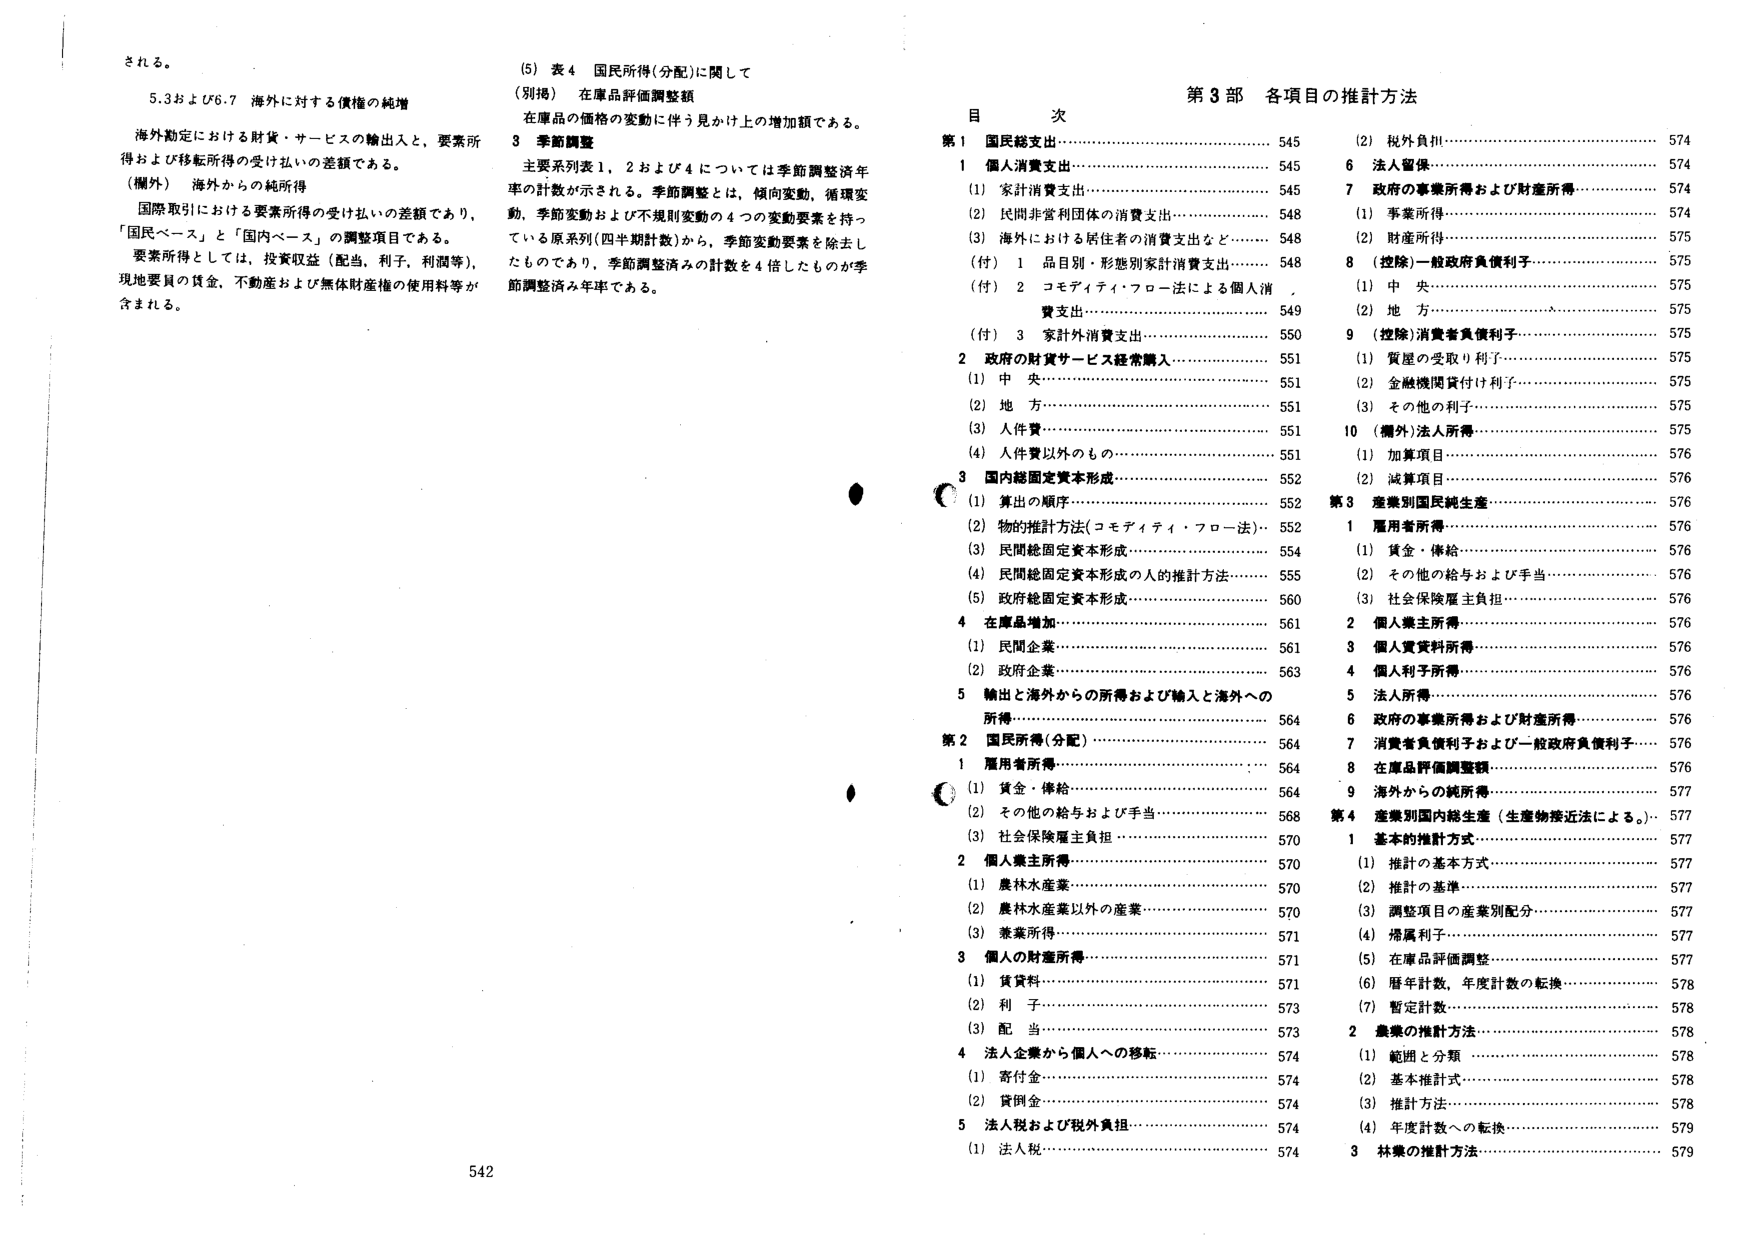
される。

5.3および6.7 海外に対する債権の純増

海外勘定における財貨・サービスの輸出入と、要素所得および移転所得の受け払いの差額である。

（欄外） 海外からの純所得

国際取引における要素所得の受け払いの差額であり、「国民ベース」と「国内ベース」の調整項目である。

要素所得としては、投資収益（配当、利子、利潤等）、現地要員の賃金、不動産および無体財産権の使用料等が含まれる。

(5) 表4 国民所得(分配)に関して

（別掲） 在庫品評価調整額

在庫品の価格の変動に伴う見かけ上の増加額である。

3 季節調整

主要系列表1, 2および4については季節調整済年率の計数が示される。季節調整とは、傾向変動、循環変動、季節変動および不規則変動の4つの変動要素を持っている原系列（四半期計数）から、季節変動要素を除去したものであり、季節調整済みの計数を4倍したものが季節調整済み年率である。

目 次

第3部 各項目の推計方法

第1 国民総支出……………………………………… 545
1 個人消費支出……………………………………… 545
(1) 家計消費支出…………………………………… 545
(2) 民間非営利団体の消費支出…………………… 548
(3) 海外における居住者の消費支出など………… 548
(付) 1 品目別・形態別家計消費支出……………… 548
(付) 2 コモディティ・フロー法による個人消費支出……………………………………………… 549
(付) 3 家計外消費支出……………………………… 550
2 政府の財貨サービス経常購入…………………… 551
(1) 中央……………………………………………… 551
(2) 地方……………………………………………… 551
(3) 人件費…………………………………………… 551
(4) 人件費以外のもの……………………………… 551
3 国内総固定資本形成……………………………… 552
(1) 算出の順序……………………………………… 552
(2) 物的推計方法（コモディティ・フロー法）…… 552
(3) 民間総固定資本形成…………………………… 554
(4) 民間総固定資本形成の人的推計方法………… 555
(5) 政府総固定資本形成…………………………… 560
4 在庫品増加………………………………………… 561
(1) 民間企業………………………………………… 561
(2) 政府企業………………………………………… 563
5 輸出と海外からの所得および輸入と海外への所得……………………………………………… 564

第2 国民所得(分配)………………………………… 564
1 雇用者所得………………………………………… 564
(1) 賃金・俸給……………………………………… 564
(2) その他の給与および手当……………………… 568
(3) 社会保険雇主負担……………………………… 570
2 個人業主所得……………………………………… 570
(1) 農林水産業……………………………………… 570
(2) 農林水産業以外の産業………………………… 570
(3) 業業所得………………………………………… 571
3 個人の財産所得…………………………………… 571
(1) 賃貸料…………………………………………… 571
(2) 利子……………………………………………… 573
(3) 配当……………………………………………… 573
4 法人企業から個人への移転……………………… 574
(1) 寄付金…………………………………………… 574
(2) 貸倒金…………………………………………… 574
5 法人税および税外負担…………………………… 574
(1) 法人税…………………………………………… 574

(2) 税外負担………………………………………… 574
6 法人留保…………………………………………… 574
7 政府の事業所得および財産所得………………… 574
(1) 事業所得………………………………………… 574
(2) 財産所得………………………………………… 575
8 （控除）一般政府負債利子……………………… 575
(1) 中央……………………………………………… 575
(2) 地方……………………………………………… 575
9 （控除）消費者負債利子………………………… 575
(1) 賃屋の受取り利子……………………………… 575
(2) 金融機関貸付け利子…………………………… 575
(3) その他の利子…………………………………… 575
10 （欄外）法人所得………………………………… 575
(1) 加算項目………………………………………… 576
(2) 減算項目………………………………………… 576

第3 産業別国民純生産……………………………… 576
1 雇用者所得………………………………………… 576
(1) 賃金・俸給……………………………………… 576
(2) その他の給与および手当……………………… 576
(3) 社会保険雇主負担……………………………… 576
2 個人業主所得……………………………………… 576
3 個人賃貸料所得…………………………………… 576
4 個人利子所得……………………………………… 576
5 法人所得…………………………………………… 576
6 政府の事業所得および財産所得………………… 576
7 消費者負債利子および一般政府負債利子……… 576
8 在庫品評価調整額………………………………… 576
9 海外からの純所得………………………………… 577

第4 産業別国内総生産（生産物接近法による。）… 577
1 基本的推計方式…………………………………… 577
(1) 推計の基本方式………………………………… 577
(2) 推計の基準……………………………………… 577
(3) 調整項目の産業別配分………………………… 577
(4) 帰属利子………………………………………… 577
(5) 在庫品評価調整………………………………… 577
(6) 歴年計数，年度計数の転換…………………… 578
(7) 暫定計数………………………………………… 578
2 農業の推計方法…………………………………… 578
(1) 範囲と分類……………………………………… 578
(2) 基本推計式……………………………………… 578
(3) 推計方法………………………………………… 578
(4) 年度計数への転換……………………………… 579
3 林業の推計方法…………………………………… 579

542